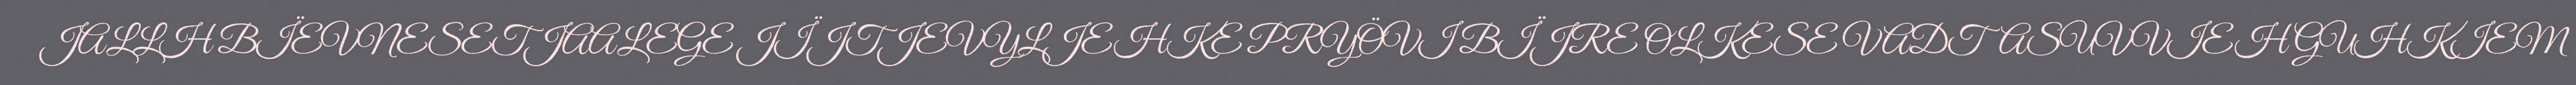
JALLH BÏEVNESETJAALEGE JÏJTJEVYLJEHKE PRYÖVI BÏJRE OLKESE VADTASUVVIEH GUHKIEM